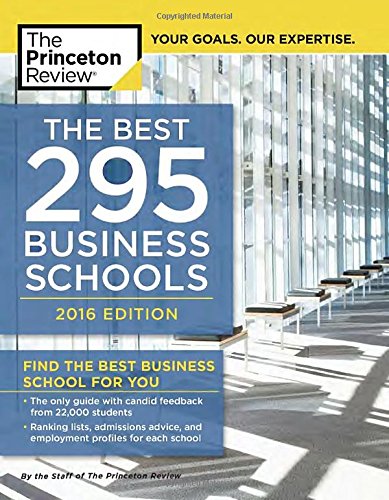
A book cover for The Best 295 Business Schools, 2016 Edition (Graduate School Admissions Guides); Princeton Review; Education & Teaching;